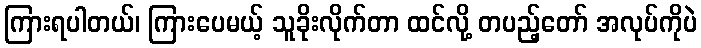
ကြားရပါတယ်၊ ကြားပေမယ့် သူခိုးလိုက်တာ ထင်လို့ တပည့်တော် အလုပ်ကိုပဲ